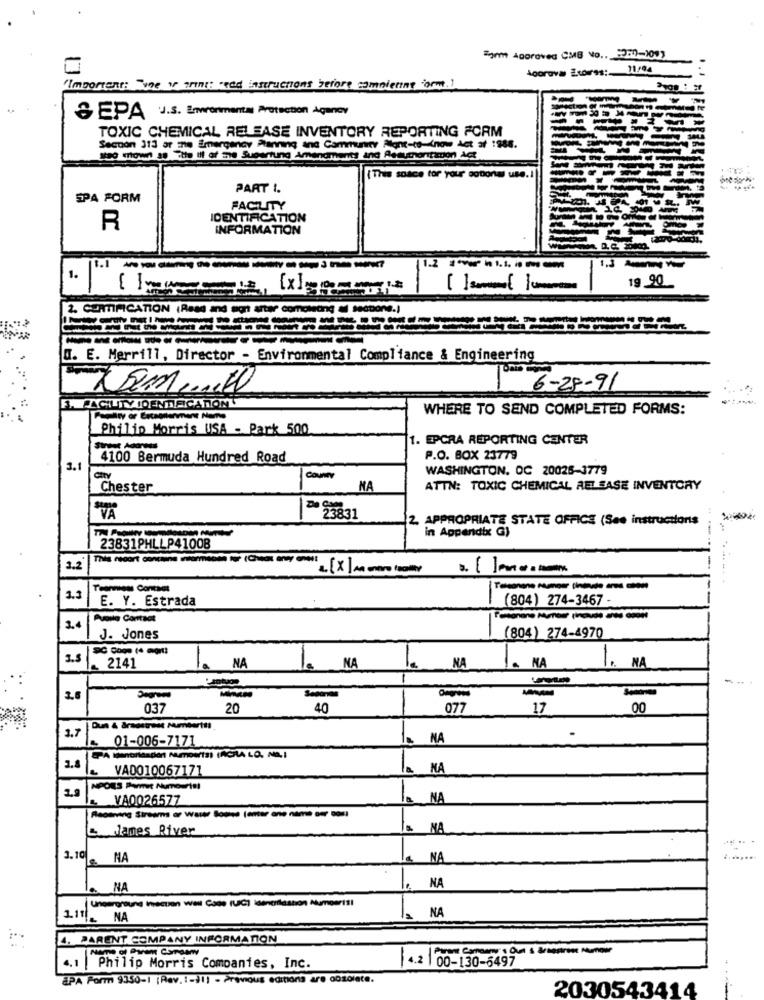
Form Approved CMB Vo .. 237-1093
11/04
'Importent: Tone ve print: read instructions before completing form.)
& EPA U.s. Emformental Protection Agency
TOXIC CHEMICAL RELEASE INVENTORY REPORTING FORM
Sacuon 313 ar Ene Emergency Planning and Community Alone-to-(now Act af 1988.
Stag town s8 Tte If of the Sugartung Amendments and Assumortidon Act
(This sodce tor your
use.I
PART 1.
SPA FORM
FACILITY
IDENTIFICATION
R
INFORMATION
1.
19 90
2. CERTIFICATION (Read and wort after completing
dDone.)
I. E. Merrill, Director - Environmental Compliance & Engineering
6-28-91
AGLUTY IDENTIFICARONT
WHERE TO SEND COMPLETED FORMS:
Philip Morris USA - Park 500
1. EPCRA REPORTING CENTER
4100 Bermuda Hundred Road
P.O. BOX 23779
3.1
WASHINGTON. OC 20025-3779
City
COUNTY
Chester
NA
ATTN: TOXIC CHEMICAL RELEASE INVENTORY
VA
20 23831
2. APPROPRIATE STATE OFFICE (See instructions
-
in Appendix G)
23831PHLLP41008
3.2
. [X] Am entro ogly
1.1
E. Y. Estrada
(804) 274-3467 -
Puoile Contact
J. Jones
(804) 274-4970
3.5
NA
le
NA
2141
NA
NA
1. NA
antuge
-
037
20
40
077
17
00
1.7
Dun & Bradstreet Numbertti
01-006-7171
la MA
3.4
VA0010067171
NA
NPORS Permit Numourist
VA0026577
NA
dames River
NA
3.10 NA
NA
......
. NA
NA
Ungerantune Inaction weil Case (UC) isencilaation Mumosrisi
3.11_ NA
NA
4. PARENT COMPANY INFORMATION
Parent Connery's Out & &raostrost honour
4.1
4.2 | 00-130-6497
Philip Morris Companies, Inc.
EPA Parm 9350-1 [Rev. : - )1] - Previous editions are obsolete.
2030543414